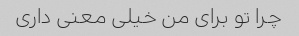
چرا تو برای من خیلی معنی داری